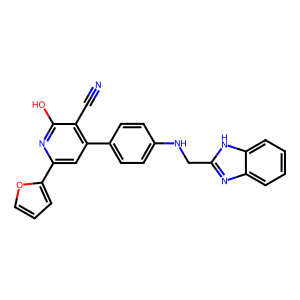
SMILES: N#Cc1c(-c2ccc(NCc3nc4ccccc4[nH]3)cc2)cc(-c2ccco2)nc1O
Inhibits HIV replication: No